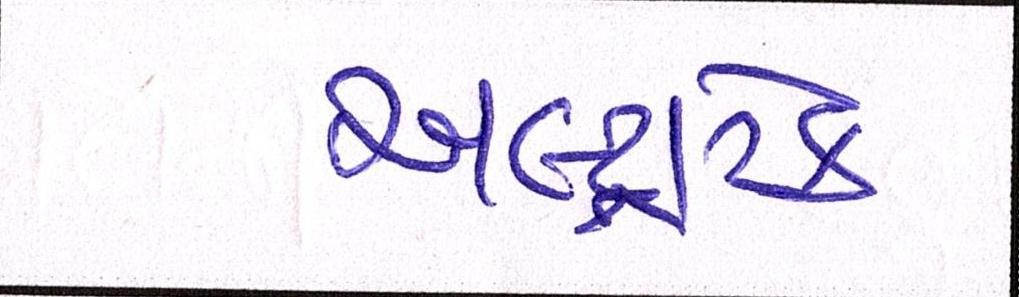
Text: અલ્ટ્રાટેક